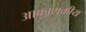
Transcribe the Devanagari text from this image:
आकाशकीय